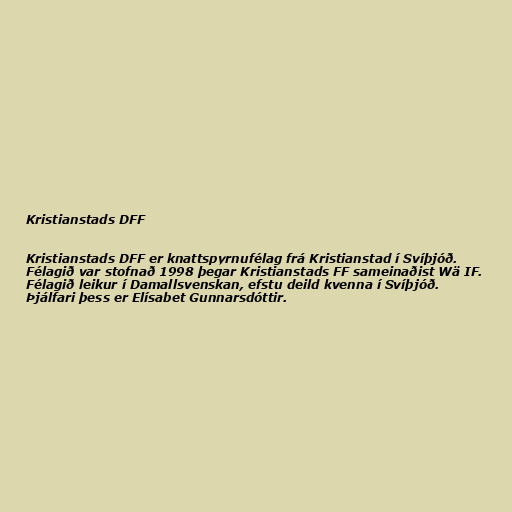
Kristianstads DFF

Kristianstads DFF er knattspyrnufélag frá Kristianstad í Svíþjóð.
Félagið var stofnað 1998 þegar Kristianstads FF sameinaðist Wä IF.
Félagið leikur í Damallsvenskan, efstu deild kvenna í Svíþjóð.
Þjálfari þess er Elísabet Gunnarsdóttir.